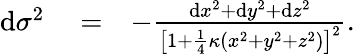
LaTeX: \begin{array}{rlr}{\mathrm{d}\sigma^{2}}&{{}=}&{-\frac{\mathrm{d}x^{2}+\mathrm{d}y^{2}+\mathrm{d}z^{2}}{\big[1+\frac{1}{4}\kappa\left(x^{2}+y^{2}+z^{2}\right)\big]^{2}}.}\end{array}